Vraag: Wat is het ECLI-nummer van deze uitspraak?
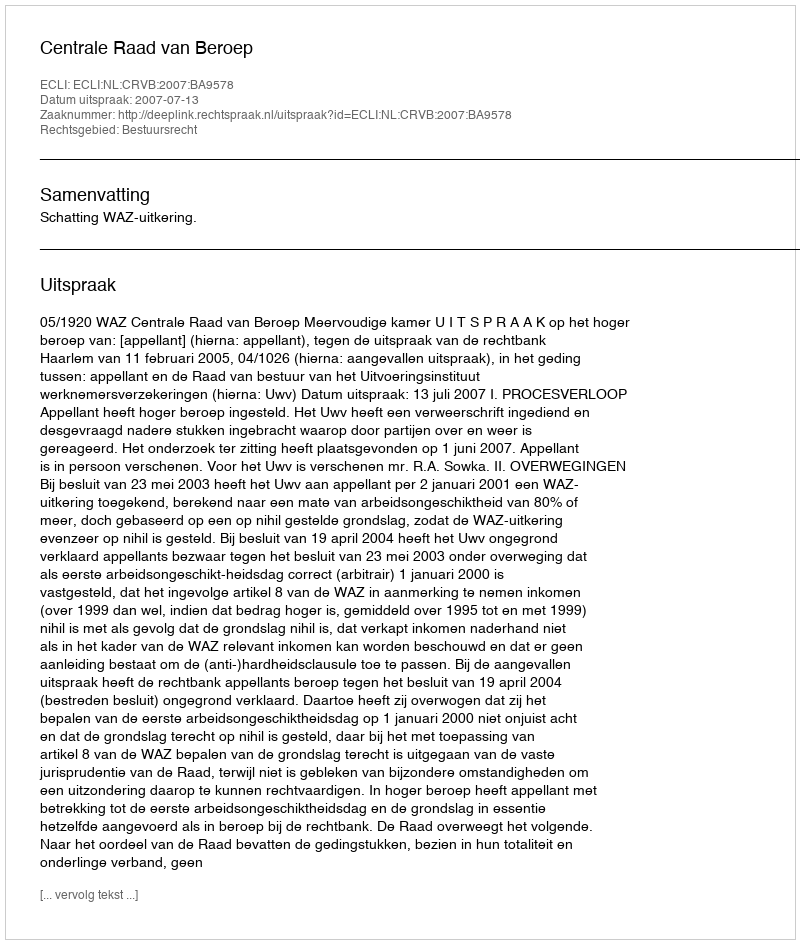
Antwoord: ECLI:NL:CRVB:2007:BA9578